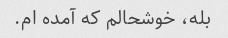
بله، خوشحالم که آمده ام.